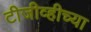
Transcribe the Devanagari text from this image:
टीजीव्हीच्या